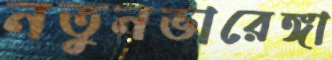
নতুনভারেঙ্গা